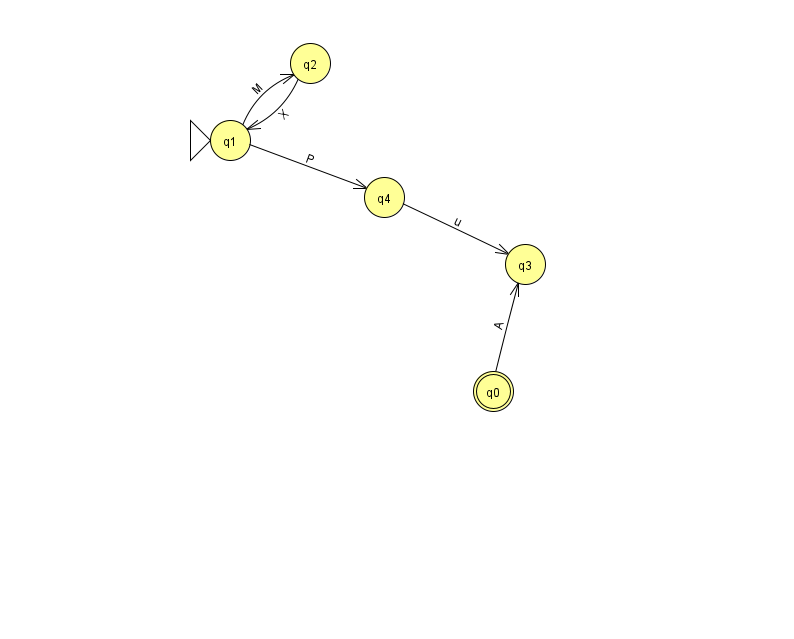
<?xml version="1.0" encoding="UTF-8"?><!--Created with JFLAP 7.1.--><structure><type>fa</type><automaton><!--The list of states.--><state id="0" name="q0"><x>493.0</x><y>378.0</y><final/></state><state id="1" name="q1"><x>230.0</x><y>127.0</y><initial/></state><state id="2" name="q2"><x>310.0</x><y>50.0</y></state><state id="3" name="q3"><x>525.0</x><y>251.0</y></state><state id="4" name="q4"><x>384.0</x><y>184.0</y></state><!--The list of transitions.--><transition><from>1</from><to>4</to><read>P</read></transition><transition><from>0</from><to>3</to><read>A</read></transition><transition><from>1</from><to>2</to><read>M</read></transition><transition><from>2</from><to>1</to><read>X</read></transition><transition><from>4</from><to>3</to><read>u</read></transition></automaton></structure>